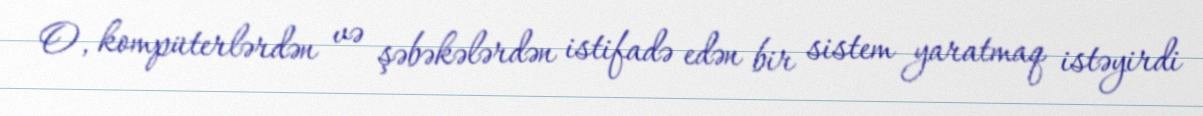
O, kompüterlərdən və şəbəkələrdən istifadə edən bir sistem yaratmaq istəyirdi